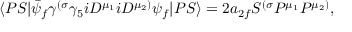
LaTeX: \langle P S | \bar { \psi } _ { f } \gamma ^ { ( \sigma } \gamma _ { 5 } i D ^ { \mu _ { 1 } } i D ^ { \mu _ { 2 } ) } \psi _ { f } | P S \rangle = 2 a _ { 2 f } S ^ { ( \sigma } P ^ { \mu _ { 1 } } P ^ { \mu _ { 2 } ) } ,